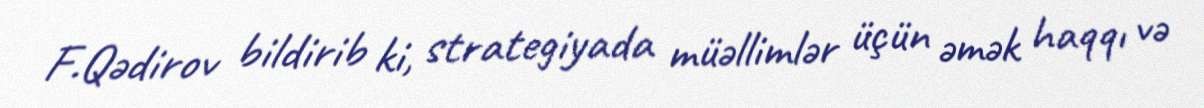
F.Qədirov bildirib ki, strategiyada müəllimlər üçün əmək haqqı və